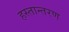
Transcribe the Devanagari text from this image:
हस्‍तान्‍तरण